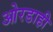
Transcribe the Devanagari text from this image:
ओरडाही